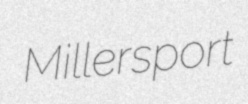
Millersport